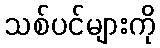
သစ်ပင်များကို